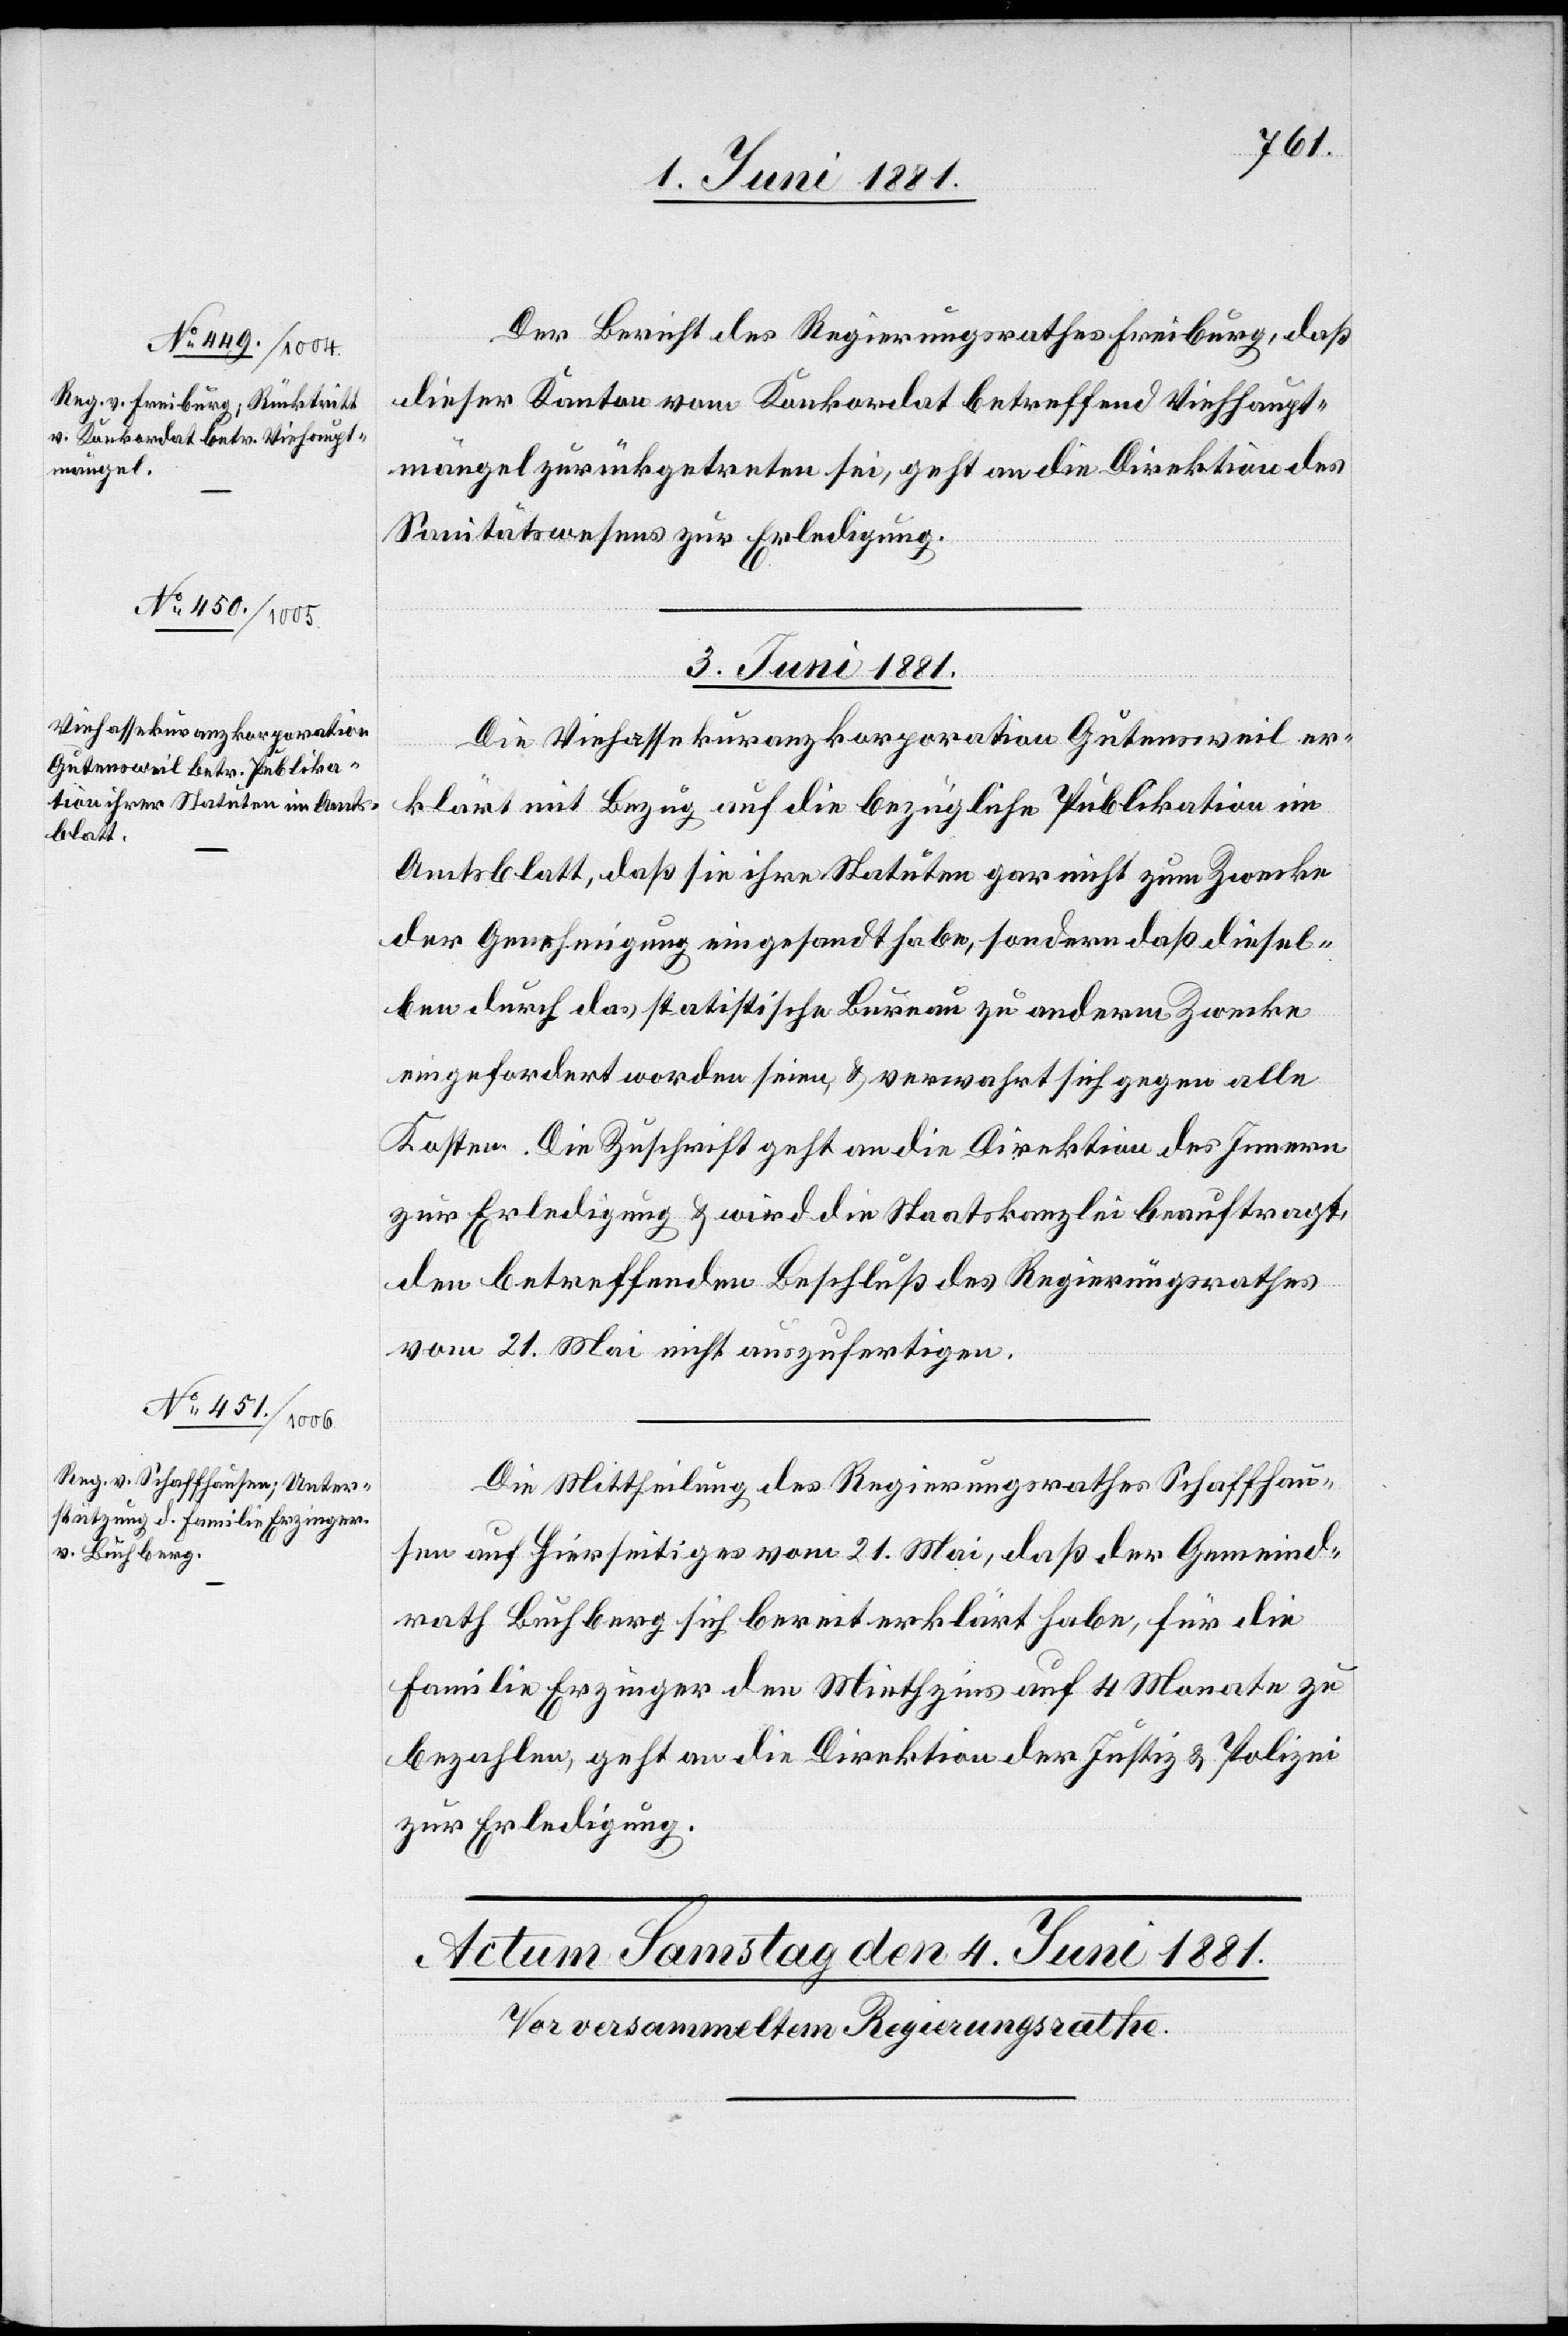
1. Juni 1881.
Der Bericht des Regierungsrathes Freiburg, daß
dieser Kanton vom Konkordat betreffend Viehhaupt¬
mängel zurückgetreten sei, geht an die Direktion des
Sanitätswesens zur Erledigung.
3. Juni 1881.]
Die Viehassekuranzkorporation Gutensweil er¬
klärt mit Bezug auf die bezügliche Publikation im
Amtsblatt, daß sie ihre Statuten gar nicht zum Zwecke
der Genehmigung eingesandt habe, sondern daß diesel¬
ben durch das statistische Bureau zu anderm Zwecke
eingefordert worden seien, & verwahrt sich gegen alle
Kosten. Die Zuschrift geht an die Direktion des Innern
zur Erledigung & wird die Staatskanzlei beauftragt,
den betreffenden Beschluß des Regierungsrathes
vom 21. Mai nicht auszufertigen.
Die Mittheilung des Regierungsrathes Schaffhau¬
sen auf hierseitiges vom 21. Mai, daß der Gemeind¬
rath Buchberg sich bereit erklärt habe, für die
Familie Erzinger den Miethzins auf 4 Monate zu
bezahlen, geht an die Direktion der Justiz & Polizei
zur Erledigung.